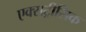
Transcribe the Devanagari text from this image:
एक्सट्रीसिक